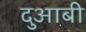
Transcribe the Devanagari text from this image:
दुआबी